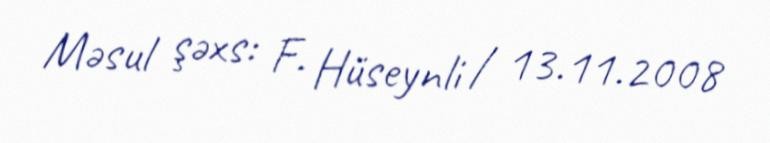
Məsul şəxs: F. Hüseynli / 13.11.2008